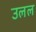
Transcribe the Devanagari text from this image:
उलल